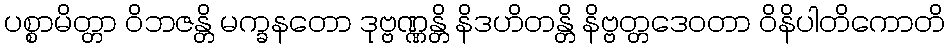
ပစ္စာမိတ္တာ ဝိဘဇန္တိ မက္ခနတော ဒုဗ္ဗဏ္ဏန္တိ နိဒဟိတန္တိ နိဗ္ဗတ္တဒေဝတာ ဝိနိပါတိကောတိ